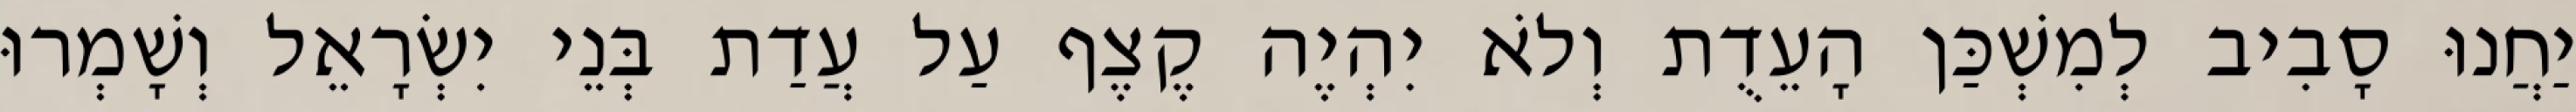
יַחֲנוּ סָבִיב לְמִשְׁכַּן הָעֵדֻת וְלֹא יִהְיֶה קֶצֶף עַל עֲדַת בְּנֵי יִשְׂרָאֵל וְשָׁמְרוּ